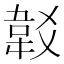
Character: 𩎔